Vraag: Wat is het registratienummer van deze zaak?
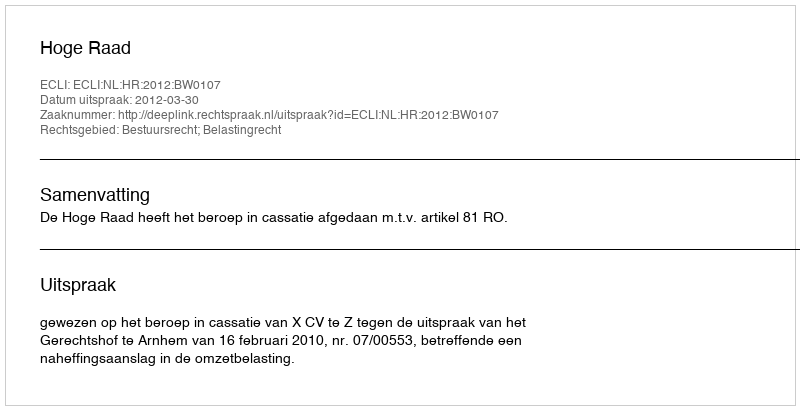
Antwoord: http://deeplink.rechtspraak.nl/uitspraak?id=ECLI:NL:HR:2012:BW0107